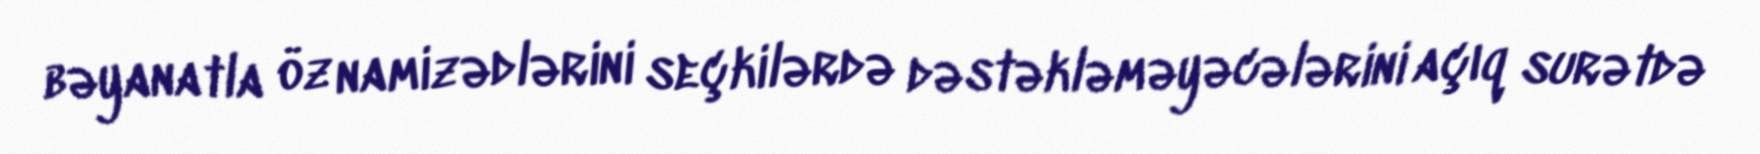
bəyanatla öz namizədlərini seçkilərdə dəstəkləməyəcələrini açıq surətdə